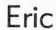
Eric